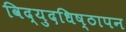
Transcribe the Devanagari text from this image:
विद्युदधिष्ठापन